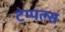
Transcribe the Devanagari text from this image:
टेम्पल्स